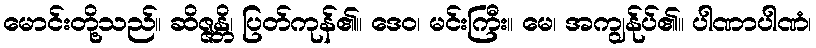
မောင်းတို့သည်။ ဆိဇ္ဇန္တိ၊ ပြတ်ကုန်၏။ ဒေဝ၊ မင်းကြီး။ မေ၊ အကျွန်ုပ်၏။ ပါဏာပါဏံ၊